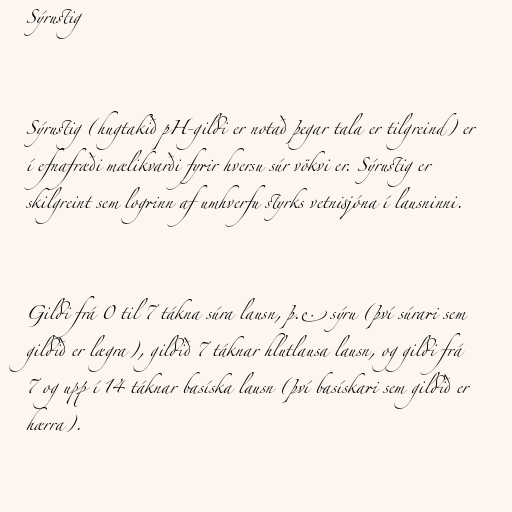
Sýrustig

Sýrustig (hugtakið pH-gildi er notað þegar tala er tilgreind) er
í efnafræði mælikvarði fyrir hversu súr vökvi er. Sýrustig er
skilgreint sem logrinn af umhverfu styrks vetnisjóna í lausninni.

Gildi frá 0 til 7 tákna súra lausn, þ.e. sýru (því súrari sem
gildið er lægra), gildið 7 táknar hlutlausa lausn, og gildi frá
7 og upp í 14 táknar basíska lausn (því basískari sem gildið er
hærra).